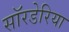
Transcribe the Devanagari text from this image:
सॉरडेरिया